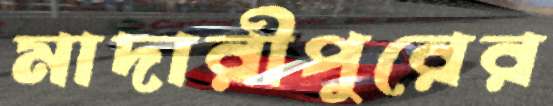
মাদারীপুরের